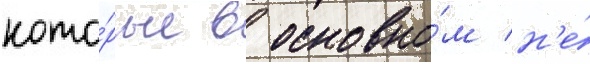
кото́рые в основно́м н'е́